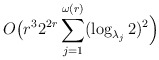
\begin{align*}O\big(r^3 2^{2r} \sum_{j=1}^{\omega(r)} (\log_{\lambda_j} 2)^2\Big)\end{align*}